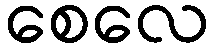
စေလေ